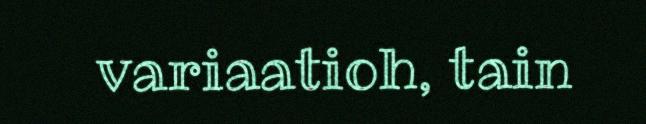
variaatioh, tain